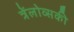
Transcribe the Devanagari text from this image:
त्रेंलोव्सकी